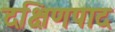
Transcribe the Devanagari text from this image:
दक्षिणपाद